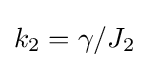
k_{2}=\gamma /J_{2}